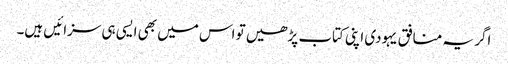
اگر یہ منافق یہودی اپنی کتاب پڑھیں تو اس میں بھی ایسی ہی سزائیں ہیں۔